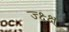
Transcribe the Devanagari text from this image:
ज्क्ष्क्ष्